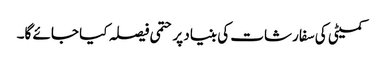
کمیٹی کی سفارشات کی بنیاد پر حتمی فیصلہ کیا جائے گا۔